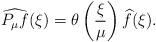
LaTeX: \begin{align*} \widehat{P_\mu f}(\xi) = \theta\left( \frac{\xi}{\mu} \right) \widehat f(\xi).\end{align*}